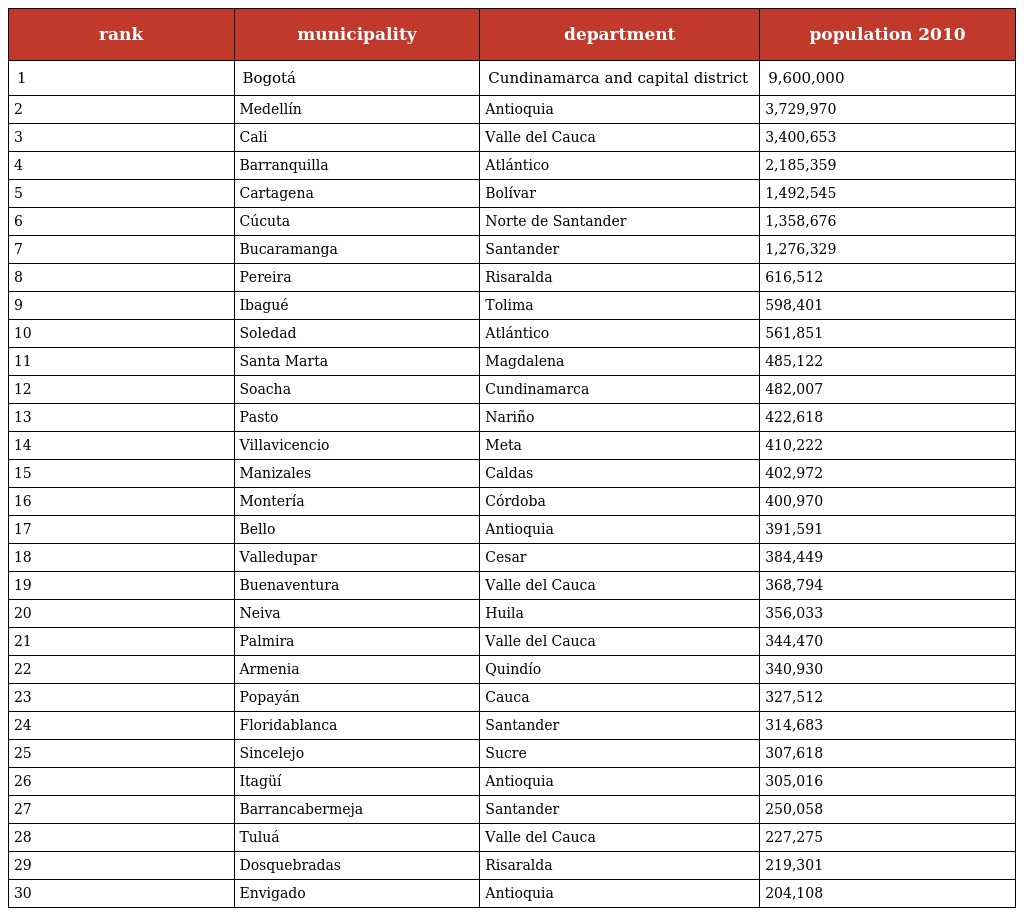
| rank | municipality | department | population 2010 |
 | --- | --- | --- | --- |
 | 1 | Bogotá | Cundinamarca and capital district | 9,600,000 |
 | 2 | Medellín | Antioquia | 3,729,970 |
 | 3 | Cali | Valle del Cauca | 3,400,653 |
 | 4 | Barranquilla | Atlántico | 2,185,359 |
 | 5 | Cartagena | Bolívar | 1,492,545 |
 | 6 | Cúcuta | Norte de Santander | 1,358,676 |
 | 7 | Bucaramanga | Santander | 1,276,329 |
 | 8 | Pereira | Risaralda | 616,512 |
 | 9 | Ibagué | Tolima | 598,401 |
 | 10 | Soledad | Atlántico | 561,851 |
 | 11 | Santa Marta | Magdalena | 485,122 |
 | 12 | Soacha | Cundinamarca | 482,007 |
 | 13 | Pasto | Nariño | 422,618 |
 | 14 | Villavicencio | Meta | 410,222 |
 | 15 | Manizales | Caldas | 402,972 |
 | 16 | Montería | Córdoba | 400,970 |
 | 17 | Bello | Antioquia | 391,591 |
 | 18 | Valledupar | Cesar | 384,449 |
 | 19 | Buenaventura | Valle del Cauca | 368,794 |
 | 20 | Neiva | Huila | 356,033 |
 | 21 | Palmira | Valle del Cauca | 344,470 |
 | 22 | Armenia | Quindío | 340,930 |
 | 23 | Popayán | Cauca | 327,512 |
 | 24 | Floridablanca | Santander | 314,683 |
 | 25 | Sincelejo | Sucre | 307,618 |
 | 26 | Itagüí | Antioquia | 305,016 |
 | 27 | Barrancabermeja | Santander | 250,058 |
 | 28 | Tuluá | Valle del Cauca | 227,275 |
 | 29 | Dosquebradas | Risaralda | 219,301 |
 | 30 | Envigado | Antioquia | 204,108 |